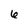
Character: 6